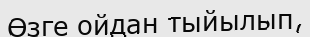
Өзге ойдан тыйылып,